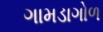
ગામડાગોળ